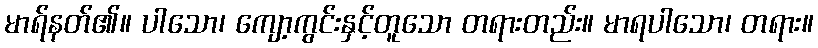
မာရ်နတ်၏။ ပါသော၊ ကျော့ကွင်းနှင့်တူသော တရားတည်း။ မာရပါသော၊ တရား။